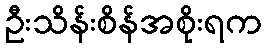
ဦးသိန်းစိန်အစိုးရက